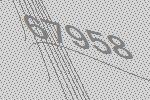
67958